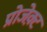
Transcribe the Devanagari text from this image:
प्रोजेक़्ट